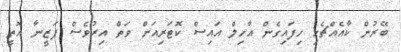
ބޭރުން ކާއެއްޗެހި ހިފައިގެން އާހިލް އައިސް ކޮޓަރިއަށް ވަތް އިރުވެސް ފަޒީނާ އޮތީ